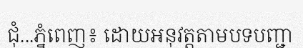
ជុំ...ភ្នំពេញ៖ ដោយអនុវត្តតាមបទបញ្ជា